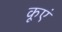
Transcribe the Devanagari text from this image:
कूएं